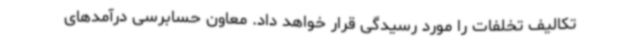
تکالیف تخلفات را مورد رسیدگی قرار خواهد داد. معاون حسابرسی درآمدهای